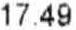
17.49